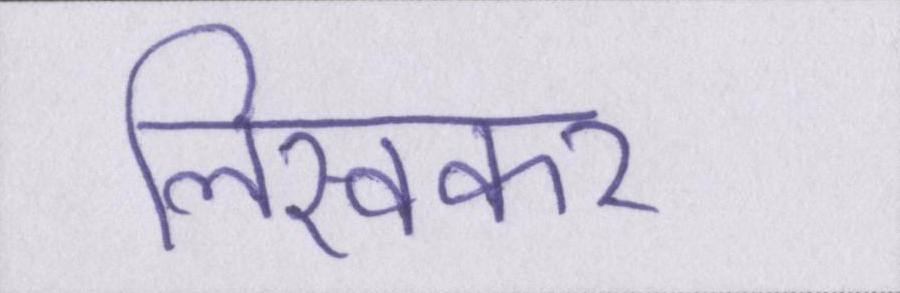
लिखकर